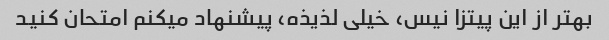
بهتر از این پیتزا نیس، خیلی لذیذه، پیشنهاد میکنم امتحان کنید